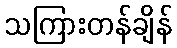
သကြားတန်ချိန်